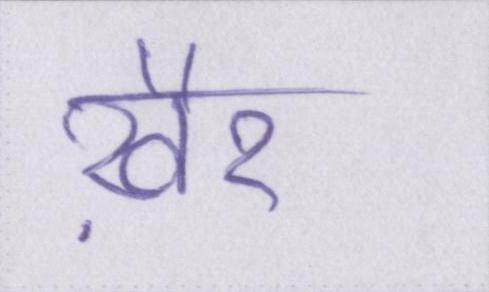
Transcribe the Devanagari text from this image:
ख़ैर